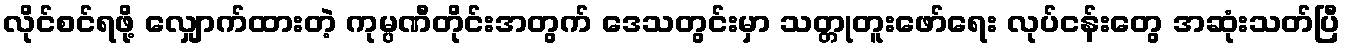
လိုင်စင်ရဖို့ လျှောက်ထားတဲ့ ကုမ္ပဏီတိုင်းအတွက် ဒေသတွင်းမှာ သတ္တုတူးဖော်ရေး လုပ်ငန်းတွေ အဆုံးသတ်ပြီ